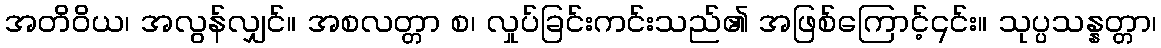
အတိဝိယ၊ အလွန်လျှင်။ အစလတ္တာ စ၊ လှုပ်ခြင်းကင်းသည်၏ အဖြစ်ကြောင့်၎င်း။ သုပ္ပသန္နတ္တာ၊